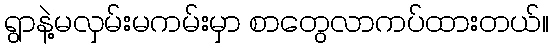
ရွာနဲ့မလှမ်းမကမ်းမှာ စာတွေလာကပ်ထားတယ်။